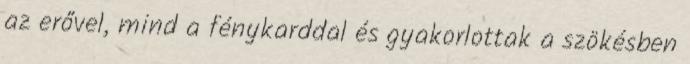
az erővel, mind a fénykarddal és gyakorlottak a szökésben